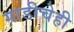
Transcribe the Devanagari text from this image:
गाडीचेही